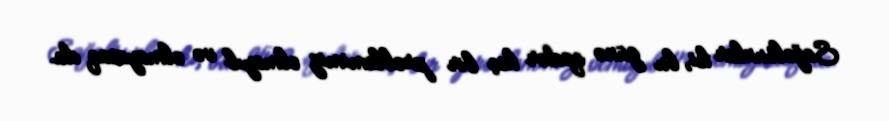
Sağolsunlar ki, bu günə qədər heç bir problemimiz olmayıb və olmayacaq da.